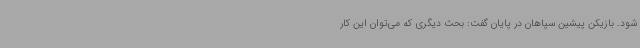
شود. بازیکن پیشین سپاهان در پایان گفت: بحث دیگری که می‌توان این کار